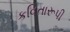
કવિતારૂપી